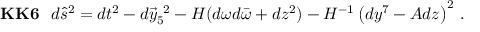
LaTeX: { \bf K K 6 } \, \, \, \, d \hat { s } ^ { 2 } = d t ^ { 2 } - d \vec { y } _ { 5 } ^ { \ 2 } - H ( d \omega d \bar { \omega } + d z ^ { 2 } ) - H ^ { - 1 } \left( d y ^ { 7 } - A d z \right) ^ { 2 } \, .